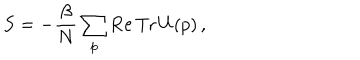
LaTeX: S = - \frac { \beta } { N } \sum _ { p } \mathrm { R e \, T r } \, U ( p ) \, ,